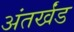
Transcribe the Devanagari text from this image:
अंतर्खंड